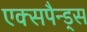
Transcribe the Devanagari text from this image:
एक्सपैन्ड्स